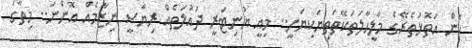
ކޮން އަތޮޅުތެރޭގެ މާލީހާލަތަކޭތަތިޔަކިޔަނީ.. މިއީ ޔުނިޓަރީ ދައުލަތެއް ރިޔާސީ ނިޒާމެއް އޮންނަ.. މިތާގަ